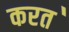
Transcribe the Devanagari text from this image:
करत॓